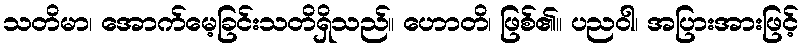
သတိမာ၊ အောက်မေ့ခြင်းသတိရှိသည်။ ဟောတိ၊ ဖြစ်၏။ ပညဝါ၊ အပြားအားဖြင့်